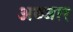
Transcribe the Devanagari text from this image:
अब्जार